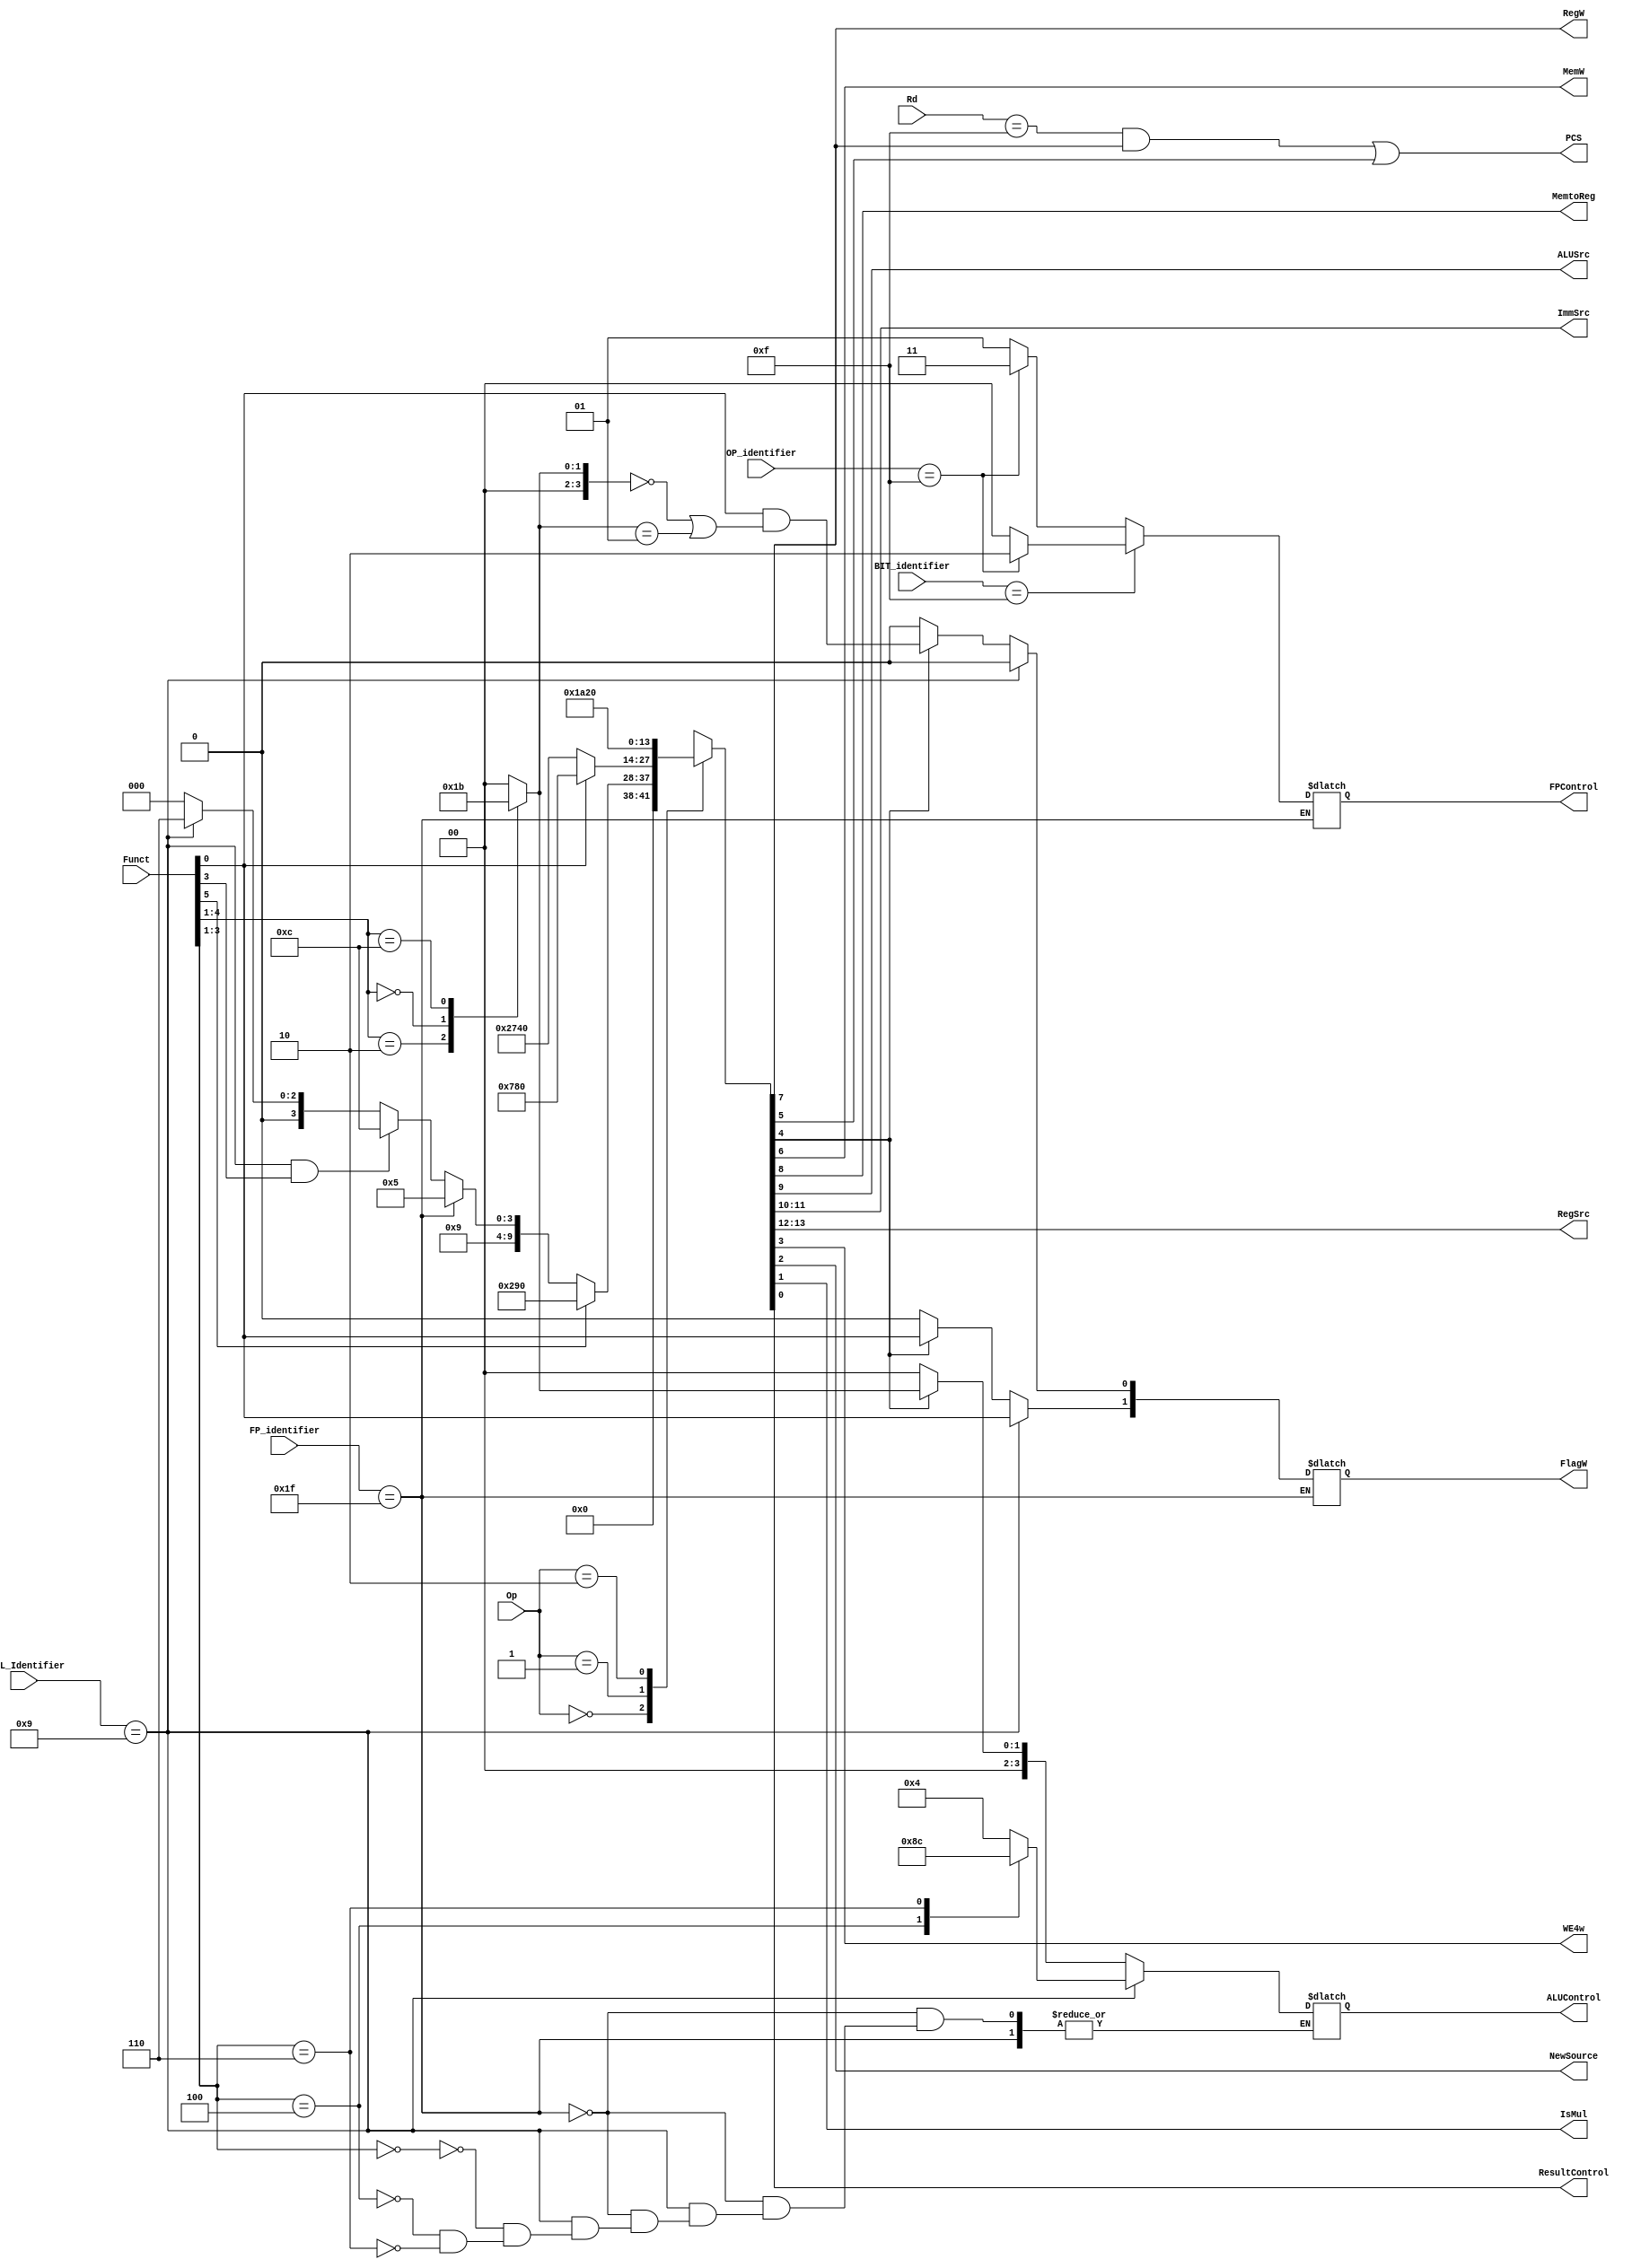
module decode (
	Op,
	Funct,
	Rd,
	FlagW,
	PCS,
	RegW,
	MemW,
	MemtoReg,
	ALUSrc,
	ImmSrc,
	RegSrc,
	ALUControl,
	MULL_Identifier,  // nuevo input
	WE4w, //
	NewSource, //
	IsMul, //
	FP_identifier,
	FPControl,
	ResultControl,
	BIT_identifier,
	OP_identifier
);
	input wire [1:0] Op;
	input wire [5:0] Funct;
	input wire [3:0] Rd;
	input wire [3:0] MULL_Identifier; //nuevo
	output reg [1:0] FlagW;
	output wire PCS;
	output wire RegW;
	output wire MemW;
	output wire MemtoReg;
	output wire ALUSrc;
	output wire WE4w; //nueva senal
	output wire NewSource; //nuevo
	output wire [1:0] ImmSrc;
	output wire [1:0] RegSrc;
	output reg [3:0] ALUControl;
	reg [13:0] controls;
	wire Branch;
	wire ALUOp;
	//nuevo
	output wire IsMul; //
	output wire ResultControl;//
	output reg [1:0] FPControl;
	input wire [4:0] FP_identifier;
	input wire [3:0] BIT_identifier;
	input wire [3:0] OP_identifier;



	always @(*)
		casex (Op)
			2'b00:
				if (Funct[5])
					controls = 14'b 00001010010000;
				else if(FP_identifier == 5'b11111)
					controls= 14'b 00000010010101;
				else if (MULL_Identifier== 4'b1001 & Funct[3]) //umull y smull
					controls = 14'b 00000010011100;    // ALUOPnuevo 
				else if (MULL_Identifier== 4'b1001) //mull
					controls = 14'b 00000010010110;
				else
					controls = 14'b 00000010010000;
			2'b01:
				if (Funct[0])
					controls = 14'b 00011110000000;
				else
					controls = 14'b 10011101000000;
			2'b10: controls = 14'b 01101000100000;
			default: controls = 14'b xxxxxxxxxxxxxx; 
		endcase
	assign {RegSrc, ImmSrc, ALUSrc, MemtoReg, RegW, MemW, Branch, ALUOp,WE4w,NewSource,IsMul,ResultControl} = controls;
	always @(*)
		if (FP_identifier == 5'b 11111) begin
			case (BIT_identifier)
			4'b 0000: // 32bit
				if(OP_identifier == 4'b1111) //32mul
					FPControl = 2'b11;
				else //32add
					FPControl= 2'b 01;
			4'b 1111: // 16 bit
				if(OP_identifier == 4'b1111) //16mul
					FPControl= 2'b10;
				else//16add
					FPControl= 2'b00;
			default: FPControl = 2'bxx;
			endcase	
		end
		else if (MULL_Identifier== 4'b1001) begin
			case (Funct [3:1])
			3'b 000: ALUControl=4'b 0100; //MULL
			3'b 100: ALUControl=4'b 1000; //UMULL
			3'b	110: ALUControl=4'b 1100; //SMULL
			endcase
			FlagW[1]=Funct[0]; // nz
			FlagW[0]=1'b 0; //cv
		end
		else if (ALUOp) begin
			case (Funct[4:1])
				4'b0100: ALUControl = 4'b0000;
				4'b0010: ALUControl = 4'b0001;
				4'b0000: ALUControl = 4'b0010;
				4'b1100: ALUControl = 4'b0011;
				default: ALUControl = 4'bxxxx;
			endcase
			FlagW[1] = Funct[0];
			FlagW[0] = Funct[0] & ((ALUControl == 4'b0000) | (ALUControl == 4'b0001));
		end
		else begin
			ALUControl = 4'b0000; //
			FlagW = 2'b00;
		end
	assign PCS = ((Rd == 4'b1111) & RegW) | Branch;
endmodule